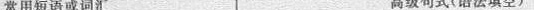
常用短语或词汇 高级句式（语法填空）